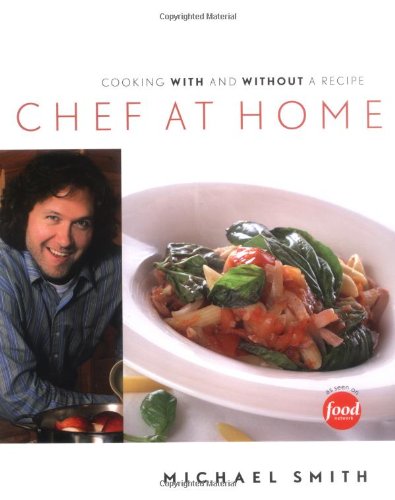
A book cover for Chef at Home; Michael Smith; Cookbooks, Food & Wine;